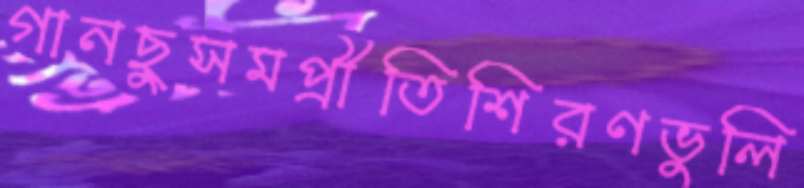
গানছুসমপ্রীতিশিরণভুলি